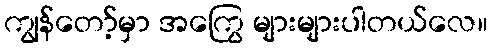
ကျွန်တော့်မှာ အကြွေ များများပါတယ်လေ။